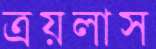
ত্রয়লাস